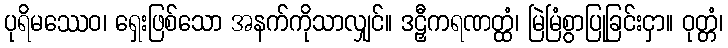
ပုရိမဿေဝ၊ ရှေးဖြစ်သော အနက်ကိုသာလျှင်။ ဒဠှီကရဏတ္ထံ၊ မြဲမြံစွာပြုခြင်းငှာ။ ဝုတ္တံ၊